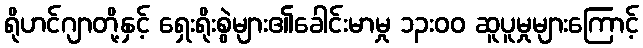
ရိုဟင်ဂျာတို့နှင့် ရှေးရိုးစွဲများ၏ခေါင်းမာမှု ၁၃းဝဝ ဆူပူမှုများကြောင့်